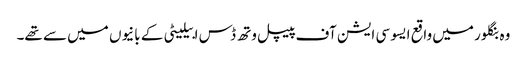
وہ بنگلور میں واقع ایسو سی ایشن آف پیپل وتھ ڈس ابیلیٹی کے بانیوں میں سے تھے۔